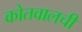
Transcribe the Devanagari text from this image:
कोतवालची